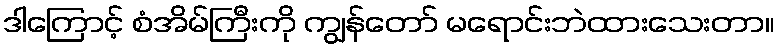
ဒါကြောင့် စံအိမ်ကြီးကို ကျွန်တော် မရောင်းဘဲထားသေးတာ။